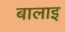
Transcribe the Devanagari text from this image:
बालाइ